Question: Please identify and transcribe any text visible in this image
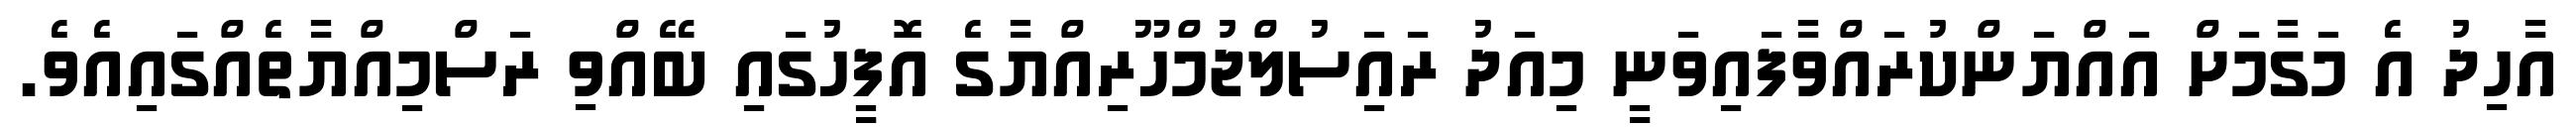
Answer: އާހިދު އެ މަގާމަށް އައްޔަންކުރައްވާފައިވަނީ މިއަދު ރައަިސުލްޖުމްހޫރިއްޔާގެ އޮފީހުގައި ބޭއްވި ރަސްމިއްޔާތެއްގައިއެވެ.